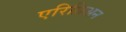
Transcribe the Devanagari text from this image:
एरिथ्रिअन